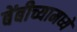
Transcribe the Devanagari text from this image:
बेंबीच्यामध्ये